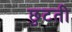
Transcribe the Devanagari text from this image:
छुटती